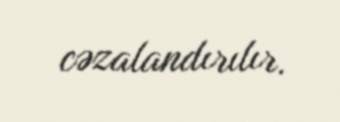
cəzalandırılır.